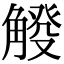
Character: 𧤔